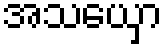
အသယှော